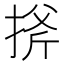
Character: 𢯋